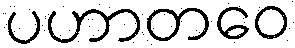
ပဟာတဝေ